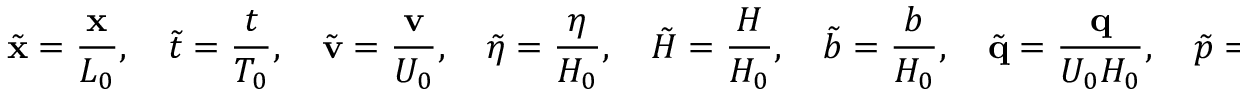
\tilde { \mathbf { x } } = \frac { \mathbf { x } } { L _ { 0 } } , \quad \tilde { t } = \frac { t } { T _ { 0 } } , \quad \tilde { \mathbf { v } } = \frac { \mathbf { v } } { U _ { 0 } } , \quad \tilde { \eta } = \frac { \eta } { H _ { 0 } } , \quad \tilde { H } = \frac { H } { H _ { 0 } } , \quad \tilde { b } = \frac { b } { H _ { 0 } } , \quad \tilde { \mathbf { q } } = \frac { \mathbf { q } } { U _ { 0 } H _ { 0 } } , \quad \tilde { p } = \frac { p L _ { 0 } } { \nu U _ { 0 } } ,